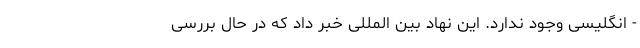
- انگلیسی وجود ندارد. این نهاد بین المللی خبر داد که در حال بررسی